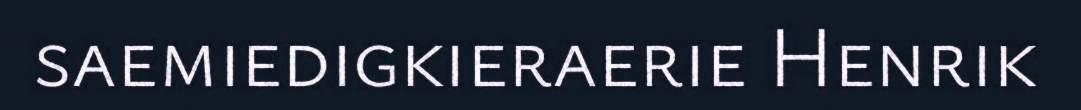
saemiedigkieraerie Henrik